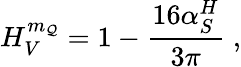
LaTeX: H_{V}^{m_{\mathcal{Q}}}=1-\frac{{16\alpha_{S}^{H}}}{{3\pi}}\; ,